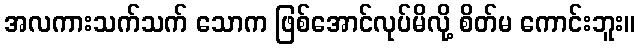
အလကားသက်သက် သောက ဖြစ်အောင်လုပ်မိလို့ စိတ်မ ကောင်းဘူး။